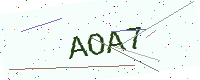
Text: AOA7